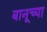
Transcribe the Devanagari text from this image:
बानूच्या